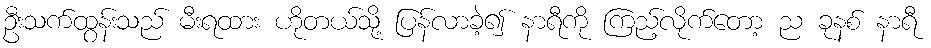
ဦးသက်ထွန်းသည် မီးရထား ဟိုတယ်သို့ ပြန်လာခဲ့၍ နာရီကို ကြည့်လိုက်တော့ ည ခုနစ် နာရီ